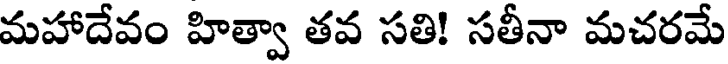
మహాదేవం హిత్వా తవ సతి! సతీనా మచరమే